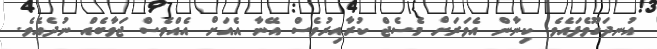
އުނދަގޫވެފައެވެ. ކިނާން އެވަރަށް މެސެޖް ކުރާއިރުވެސް އޭނާ އެއަށް އެއްވެސް ޖަވާބެއް ނުދެއެވެ.